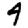
Digit: 4